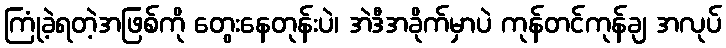
ကြုံခဲ့ရတဲ့အဖြစ်ကို တွေးနေတုန်းပဲ၊ အဲဒီအခိုက်မှာပဲ ကုန်တင်ကုန်ချ အလုပ်